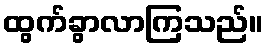
ထွက်ခွာလာကြသည်။